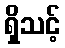
ရှိသင့်